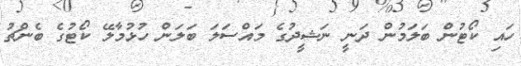
ހައި ކޯޓުން ބަލަމުން ދަނީ ނަަޝީދުގެ މައްސަލަ ބަލަން ހުޅުމާލޭ ކޯޓުގެ ބެންޗު